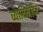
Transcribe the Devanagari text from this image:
व्याधिमंदिर